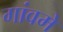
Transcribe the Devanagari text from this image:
गांवमे